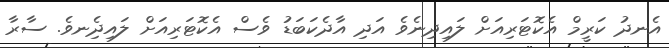
އެނދު ކަރީމް އެކޮޓަރިއަށް ލައިދިނެވެ އަދި އާދެކަބަޑު ވެސް އެކޮޓަރިއަށް ލައިދިެނވެ. ސާރާ